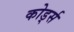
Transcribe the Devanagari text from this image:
कोर्ड्स